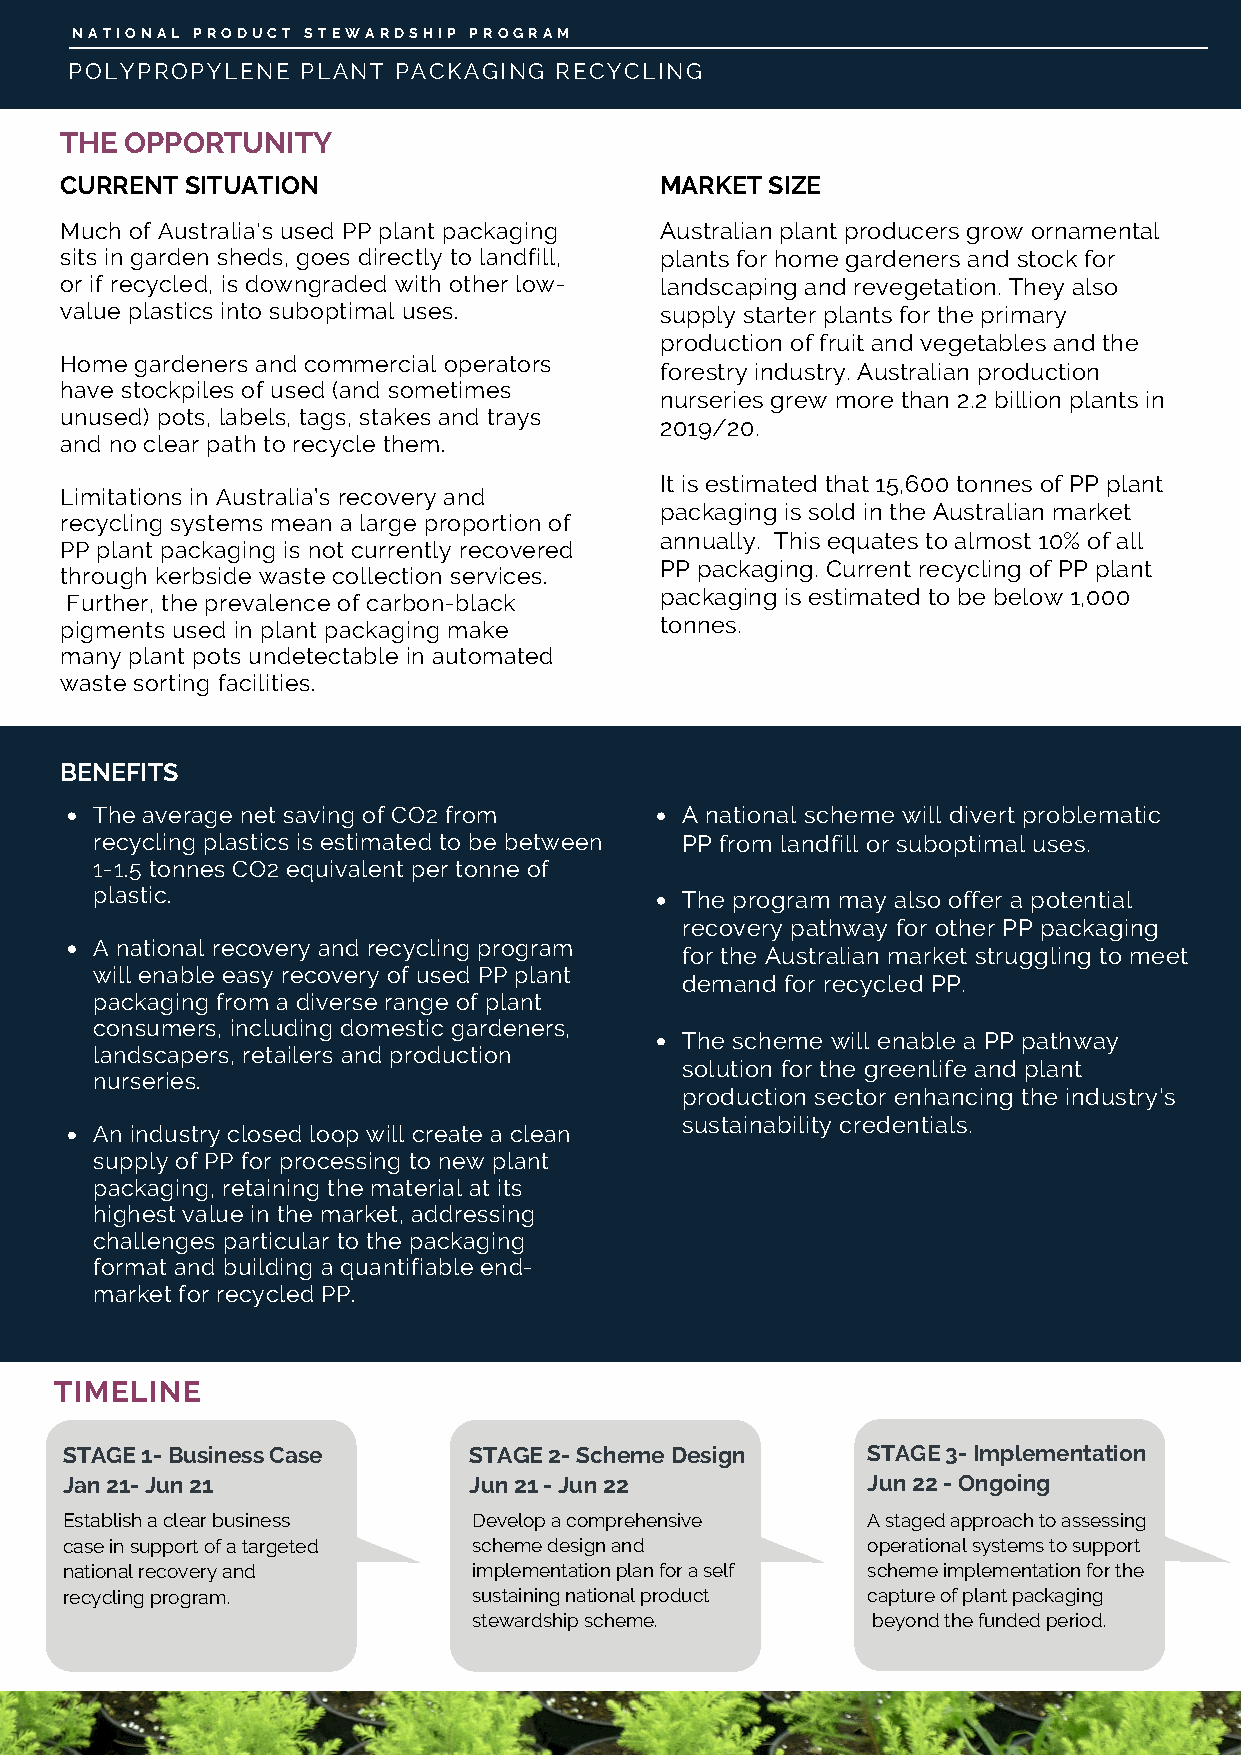
NATIONAL PRODUCT STEWARDSHIP PROGRAM
 POLYPROPYLENE  PLANT PACKAGING  RECYCLING
 THE OPPORTUNITY
 CURRENT SITUATION                       MARKET SIZE
 Much of Australia's used PP plant packaging Australian plant producers grow ornamental
 sits in garden sheds, goes directly to landfill, plants for home gardeners and stock for
 or if recycled, is downgraded with other low- landscaping and revegetation. They also
 value plastics into suboptimal uses.    supply starter plants for the primary
 production of fruit and vegetables and the
 Home gardeners and commercial operators
 forestry industry. Australian production
 have stockpiles of used (and sometimes
 nurseries grew more than 2.2 billion plants in
 unused) pots, labels, tags, stakes and trays
 2019/20.
 and no clear path to recycle them.
 It is estimated that 15,600 tonnes of PP plant
 Limitations in Australia’s recovery and
 packaging is sold in the Australian market
 recycling systems mean a large proportion of
 annually. This equates to almost 10% of all
 PP plant packaging is not currently recovered
 PP packaging. Current recycling of PP plant
 through kerbside waste collection services.
 packaging is estimated to be below 1,000
 Further, the prevalence of carbon-black
 pigments used in plant packaging make   tonnes.
 many plant pots undetectable in automated
 waste sorting facilities.
 BENEFITS
 The average net saving of CO2 from     A national scheme will divert problematic
 recycling plastics is estimated to be between PP from landfill or suboptimal uses.
 1-1.5 tonnes CO2 equivalent per tonne of
 plastic.                               The program may also offer a potential
 recovery pathway for other PP packaging
 A national recovery and recycling program
 for the Australian market struggling to meet
 will enable easy recovery of used PP plant
 demand for recycled PP.
 packaging from a diverse range of plant
 consumers, including domestic gardeners,
 The scheme will enable a PP pathway
 landscapers, retailers and production
 solution for the greenlife and plant
 nurseries.
 production sector enhancing the industry's
 sustainability credentials.
 An industry closed loop will create a clean
 supply of PP for processing to new plant
 packaging, retaining the material at its
 highest value in the market, addressing
 challenges particular to the packaging
 format and building a quantifiable end-
 market for recycled PP.
 TIMELINE
 STAGE 1- Business Case     STAGE 2- Scheme Design    STAGE 3- Implementation
 Jan 21- Jun 21             Jun 21 - Jun 22           Jun 22 - Ongoing
 Establish a clear business Develop a comprehensive   A staged approach to assessing
 case in support of a targeted scheme design and      operational systems to support
 national recovery and      implementation plan for a self scheme implementation for the
 recycling program.         sustaining national product capture of plant packaging
 stewardship scheme.        beyond the funded period.